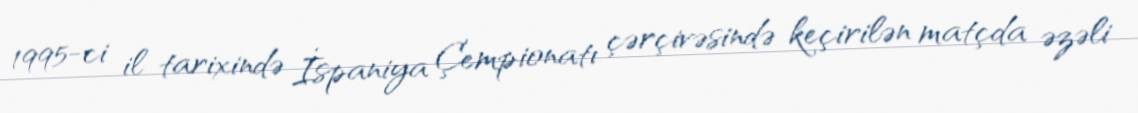
1995-ci il tarixində İspaniya Çempionatı çərçivəsində keçirilən matçda əzəli